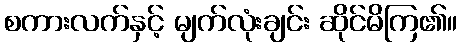
စကားလက်နှင့် မျက်လုံးချင်း ဆိုင်မိကြ၏။